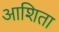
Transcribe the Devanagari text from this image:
आशिता